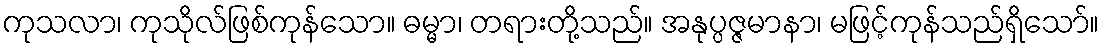
ကုသလာ၊ ကုသိုလ်ဖြစ်ကုန်သော။ ဓမ္မာ၊ တရားတို့သည်။ အနုပ္ပဇ္ဇမာနာ၊ မဖြင့်ကုန်သည်ရှိသော်။